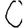
Digit: 0